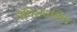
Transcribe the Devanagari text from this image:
चैंपिनयशिप